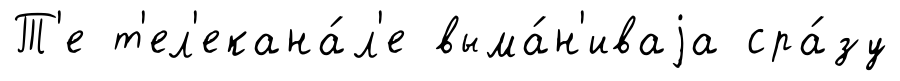
Т'е т'ел'екана́л'е выма́н'иваjа сра́зу